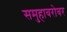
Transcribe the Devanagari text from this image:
समुहाबरोबर